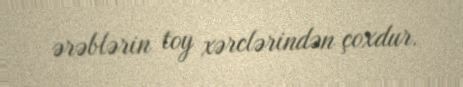
ərəblərin toy xərclərindən çoxdur.